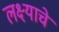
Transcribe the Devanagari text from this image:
लक्ष्याचे